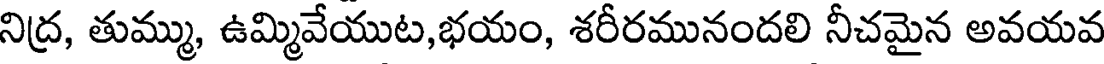
నిద్ర, తుమ్ము, ఉమ్మివేయుట,భయం, శరీరమునందలి నీచమైన అవయవ